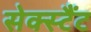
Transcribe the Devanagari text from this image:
सेक्स्टैंट